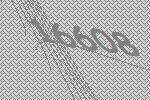
16608